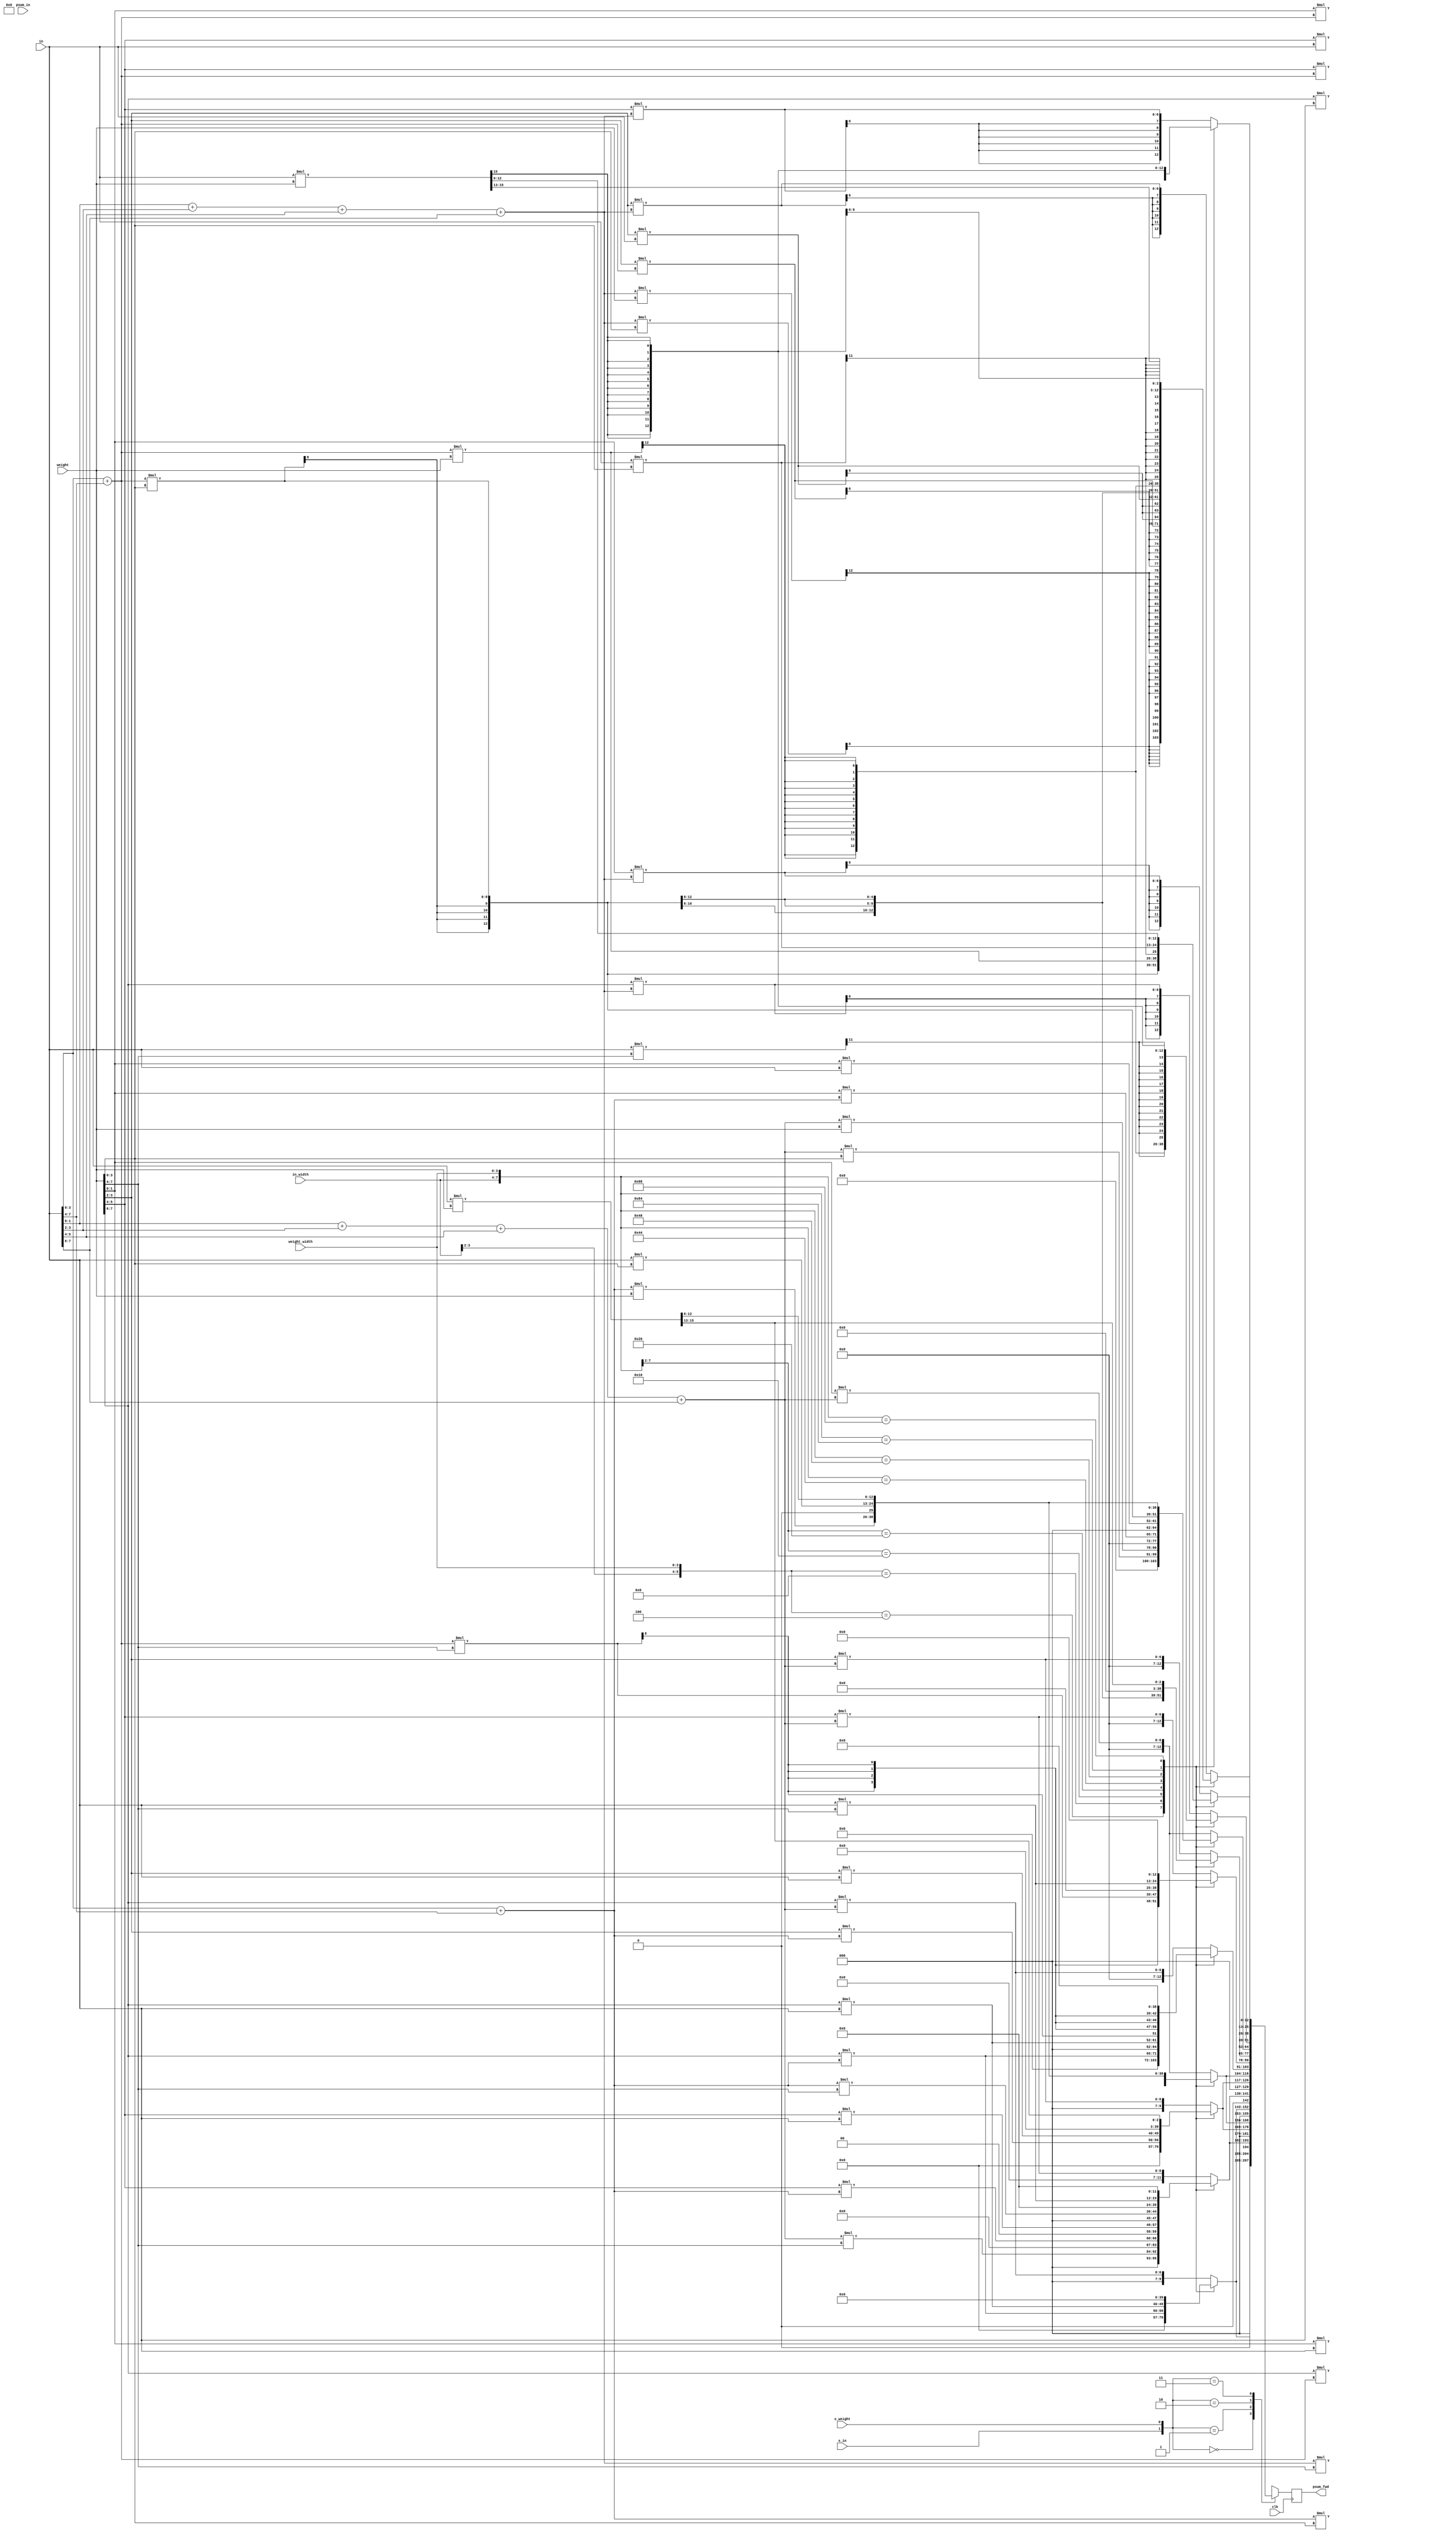
module fusion_unit #(parameter COL_WIDTH=13) (

    input clk,
    input [7:0] in,
    input [7:0] weight,
    input [(COL_WIDTH*4)-1:0] psum_in,
    input [3:0] in_width,
    input [3:0] weight_width,
    input s_in,
    input s_weight,
    output reg [(COL_WIDTH*4)-1:0] psum_fwd //max widths for 2b parallelism
    );

    reg [(COL_WIDTH*4)-1:0] psum_temp;
    reg [(COL_WIDTH*4)-1:0] signed_in;
    reg [(COL_WIDTH*4)-1:0] signed_weight;
    reg [(COL_WIDTH*4)-1:0] signed_both;

    always @(*) begin

        casez ({in_width, weight_width})
            8'b00zz0100: begin //1x4, 2x4
                        signed_in[(COL_WIDTH*2)-1:0] <= ($signed(in[1:0])+$signed(in[3:2])+$signed(in[5:4])+$signed(in[7:6]))*weight[3:0];
                        signed_in[(COL_WIDTH*4)-1:(COL_WIDTH*2)] <= ($signed(in[1:0])+$signed(in[3:2])+$signed(in[5:4])+$signed(in[7:6]))*weight[7:4];
                        
                        signed_weight[(COL_WIDTH*2)-1:0] <= (in[1:0]+in[3:2]+in[5:4]+in[7:6])*$signed(weight[3:0]);
                        signed_weight[(COL_WIDTH*4)-1:(COL_WIDTH*2)] <= (in[1:0]+in[3:2]+in[5:4]+in[7:6])*$signed(weight[7:4]);
                        
                        signed_both[(COL_WIDTH*2)-1:0] <= ($signed(in[1:0])+$signed(in[3:2])+$signed(in[5:4])+$signed(in[7:6]))*$signed(weight[3:0]);
                        signed_both[(COL_WIDTH*4)-1:(COL_WIDTH*2)] <= ($signed(in[1:0])+$signed(in[3:2])+$signed(in[5:4])+$signed(in[7:6]))*$signed(weight[7:4]);
                        
                        psum_temp[(COL_WIDTH*2)-1:0] <= (in[1:0]+in[3:2]+in[5:4]+in[7:6])*weight[3:0];
                        psum_temp[(COL_WIDTH*4)-1:(COL_WIDTH*2)] <= (in[1:0]+in[3:2]+in[5:4]+in[7:6])*weight[7:4];
                        end
            8'b00zz1000: begin //1x8, 2x8
                        signed_in <= ($signed(in[1:0])+$signed(in[3:2])+$signed(in[5:4])+$signed(in[7:6]))*weight;

                        signed_weight <= (in[1:0]+in[3:2]+in[5:4]+in[7:6])*$signed(weight);

                        signed_both <= ($signed(in[1:0])+$signed(in[3:2])+$signed(in[5:4])+$signed(in[7:6]))*$signed(weight);

                        psum_temp <= (in[1:0]+in[3:2]+in[5:4]+in[7:6])*weight;
                        end
            8'b010000zz: begin //4x1, 4x2
                        signed_weight[(COL_WIDTH)-1:0] <= $signed(weight[1:0])*(in[3:0]+in[7:4]);
                        signed_weight[(COL_WIDTH*2)-1:COL_WIDTH] <= $signed(weight[3:2])*(in[3:0]+in[7:4]);
                        signed_weight[(COL_WIDTH*3)-1:COL_WIDTH*2] <= $signed(weight[5:4])*(in[3:0]+in[7:4]);
                        signed_weight[(COL_WIDTH*4)-1:COL_WIDTH*3] <= $signed(weight[7:6])*(in[3:0]+in[7:4]);

                        signed_in[(COL_WIDTH)-1:0] <= weight[1:0]*($signed(in[3:0])+$signed(in[7:4]));
                        signed_in[(COL_WIDTH*2)-1:COL_WIDTH] <= weight[3:2]*($signed(in[3:0])+$signed(in[7:4]));
                        signed_in[(COL_WIDTH*3)-1:COL_WIDTH*2] <= weight[5:4]*($signed(in[3:0])+$signed(in[7:4]));
                        signed_in[(COL_WIDTH*4)-1:COL_WIDTH*3] <= weight[7:6]*($signed(in[3:0])+$signed(in[7:4]));

                        signed_both[(COL_WIDTH)-1:0] <= $signed(weight[1:0])*($signed(in[3:0])+$signed(in[7:4]));
                        signed_both[(COL_WIDTH*2)-1:COL_WIDTH] <= $signed(weight[3:2])*($signed(in[3:0])+$signed(in[7:4]));
                        signed_both[(COL_WIDTH*3)-1:COL_WIDTH*2] <= $signed(weight[5:4])*($signed(in[3:0])+$signed(in[7:4]));
                        signed_both[(COL_WIDTH*4)-1:COL_WIDTH*3] <= $signed(weight[7:6])*($signed(in[3:0])+$signed(in[7:4]));                       

                        psum_temp[(COL_WIDTH)-1:0] <= weight[1:0]*(in[3:0]+in[7:4]);
                        psum_temp[(COL_WIDTH*2)-1:COL_WIDTH] <= weight[3:2]*(in[3:0]+in[7:4]);
                        psum_temp[(COL_WIDTH*3)-1:COL_WIDTH*2] <= weight[5:4]*(in[3:0]+in[7:4]);
                        psum_temp[(COL_WIDTH*4)-1:COL_WIDTH*3] <= weight[7:6]*(in[3:0]+in[7:4]);
                        end
            8'b100000zz: begin //8x1, 8x2 
                        signed_in[(COL_WIDTH)-1:0] <= weight[1:0]*$signed(in);
                        signed_in[(COL_WIDTH*2)-1:COL_WIDTH] <= weight[3:2]*$signed(in);
                        signed_in[(COL_WIDTH*3)-1:COL_WIDTH*2] <= weight[5:4]*$signed(in);
                        signed_in[(COL_WIDTH*4)-1:COL_WIDTH*3] <= weight[7:6]*$signed(in);

                        signed_weight[(COL_WIDTH)-1:0] <= $signed(weight[1:0])*in;
                        signed_weight[(COL_WIDTH*2)-1:COL_WIDTH] <= $signed(weight[3:2])*in;
                        signed_weight[(COL_WIDTH*3)-1:COL_WIDTH*2] <= $signed(weight[5:4])*in;
                        signed_weight[(COL_WIDTH*4)-1:COL_WIDTH*3] <= $signed(weight[7:6])*in;

                        signed_both[(COL_WIDTH)-1:0] <= $signed(weight[1:0])*$signed(in);
                        signed_both[(COL_WIDTH*2)-1:COL_WIDTH] <= $signed(weight[3:2])*$signed(in);
                        signed_both[(COL_WIDTH*3)-1:COL_WIDTH*2] <= $signed(weight[5:4])*$signed(in);
                        signed_both[(COL_WIDTH*4)-1:COL_WIDTH*3] <= $signed(weight[7:6])*$signed(in);
                    
                        psum_temp[(COL_WIDTH)-1:0] <= weight[1:0]*in;
                        psum_temp[(COL_WIDTH*2)-1:COL_WIDTH] <= weight[3:2]*in;
                        psum_temp[(COL_WIDTH*3)-1:COL_WIDTH*2] <= weight[5:4]*in;
                        psum_temp[(COL_WIDTH*4)-1:COL_WIDTH*3] <= weight[7:6]*in;
                        end
            8'b01000100: begin //4x4 
                        signed_in[(COL_WIDTH*2)-1:0] <= ($signed(in[3:0])+$signed(in[7:4]))*$signed(weight[3:0]);
                        signed_in[(COL_WIDTH*4)-1:(COL_WIDTH*2)] <= ($signed(in[3:0])+$signed(in[7:4]))*$signed(weight[7:4]);

                        signed_weight[(COL_WIDTH*2)-1:0] <= (in[3:0]+in[7:4])*$signed(weight[3:0]);
                        signed_weight[(COL_WIDTH*4)-1:(COL_WIDTH*2)] <= (in[3:0]+in[7:4])*$signed(weight[7:4]);

                        signed_both[(COL_WIDTH*2)-1:0] <= ($signed(in[3:0])+$signed(in[7:4]))*$signed(weight[3:0]);
                        signed_both[(COL_WIDTH*4)-1:(COL_WIDTH*2)] <= ($signed(in[3:0])+$signed(in[7:4]))*$signed(weight[7:4]);

                        psum_temp[(COL_WIDTH*2)-1:0] <= (in[3:0]+in[7:4])*weight[3:0];
                        psum_temp[(COL_WIDTH*4)-1:(COL_WIDTH*2)] <= (in[3:0]+in[7:4])*weight[7:4];
                        end      
            8'b01001000: begin //4x8
                        signed_in <= ($signed(in[3:0])+$signed(in[7:4]))*weight;

                        signed_weight <= (in[3:0]+in[7:4])*$signed(weight);

                        signed_both <= ($signed(in[3:0])+$signed(in[7:4]))*$signed(weight);

                        psum_temp <= (in[3:0]+in[7:4])*weight;
                        end                             
            8'b10000100: begin //8x4
                        signed_in[(COL_WIDTH*2)-1:0] <= $signed(in)*weight[3:0];
                        signed_in[(COL_WIDTH*4)-1:(COL_WIDTH*2)] <= $signed(in)*weight[7:4];

                        signed_weight[(COL_WIDTH*2)-1:0] <= in*$signed(weight[3:0]);
                        signed_weight[(COL_WIDTH*4)-1:(COL_WIDTH*2)] <= in*$signed(weight[7:4]);

                        signed_both[(COL_WIDTH*2)-1:0] <= $signed(in)*$signed(weight[3:0]);
                        signed_both[(COL_WIDTH*4)-1:(COL_WIDTH*2)] <= $signed(in)*$signed(weight[7:4]);

                        psum_temp[(COL_WIDTH*2)-1:0] <= in*weight[3:0];
                        psum_temp[(COL_WIDTH*4)-1:(COL_WIDTH*2)] <= in*weight[7:4];
                        end               
            8'b10001000: begin //8x8 
                        signed_in <= $signed(in)*weight;

                        signed_weight <= in*$signed(weight);

                        signed_both <= $signed(in)*$signed(weight);

                        psum_temp <= in*weight;
                        end   
            default: begin
                        signed_in[(COL_WIDTH)-1:0] <= weight[1:0]*($signed(in[1:0])+$signed(in[3:2])+$signed(in[5:4])+$signed(in[7:6]));
                        signed_in[(COL_WIDTH*2)-1:COL_WIDTH] <= weight[3:2]*($signed(in[1:0])+$signed(in[3:2])+$signed(in[5:4])+$signed(in[7:6]));
                        signed_in[(COL_WIDTH*3)-1:COL_WIDTH*2] <= weight[5:4]*($signed(in[1:0])+$signed(in[3:2])+$signed(in[5:4])+$signed(in[7:6]));
                        signed_in[(COL_WIDTH*4)-1:COL_WIDTH*3] <= weight[7:6]*($signed(in[1:0])+$signed(in[3:2])+$signed(in[5:4])+$signed(in[7:6]));

                        signed_weight[(COL_WIDTH)-1:0] <= $signed(weight[1:0])*(in[1:0]+in[3:2]+in[5:4]+in[7:6]);
                        signed_weight[(COL_WIDTH*2)-1:COL_WIDTH] <= $signed(weight[3:2])*(in[1:0]+in[3:2]+in[5:4]+in[7:6]);
                        signed_weight[(COL_WIDTH*3)-1:COL_WIDTH*2] <= $signed(weight[5:4])*(in[1:0]+in[3:2]+in[5:4]+in[7:6]);
                        signed_weight[(COL_WIDTH*4)-1:COL_WIDTH*3] <= $signed(weight[7:6])*(in[1:0]+in[3:2]+in[5:4]+in[7:6]);

                        signed_both[(COL_WIDTH)-1:0] <= $signed(weight[1:0])*($signed(in[1:0])+$signed(in[3:2])+$signed(in[5:4])+$signed(in[7:6]));
                        signed_both[(COL_WIDTH*2)-1:COL_WIDTH] <= $signed(weight[3:2])*($signed(in[1:0])+$signed(in[3:2])+$signed(in[5:4])+$signed(in[7:6]));
                        signed_both[(COL_WIDTH*3)-1:COL_WIDTH*2] <= $signed(weight[5:4])*($signed(in[1:0])+$signed(in[3:2])+$signed(in[5:4])+$signed(in[7:6]));
                        signed_both[(COL_WIDTH*4)-1:COL_WIDTH*3] <= $signed(weight[7:6])*($signed(in[1:0])+$signed(in[3:2])+$signed(in[5:4])+$signed(in[7:6]));

                        psum_temp[(COL_WIDTH)-1:0] <= weight[1:0]*(in[1:0]+in[3:2]+in[5:4]+in[7:6]);
                        psum_temp[(COL_WIDTH*2)-1:COL_WIDTH] <= weight[3:2]*(in[1:0]+in[3:2]+in[5:4]+in[7:6]);
                        psum_temp[(COL_WIDTH*3)-1:COL_WIDTH*2] <= weight[5:4]*(in[1:0]+in[3:2]+in[5:4]+in[7:6]);
                        psum_temp[(COL_WIDTH*4)-1:COL_WIDTH*3] <= weight[7:6]*(in[1:0]+in[3:2]+in[5:4]+in[7:6]);
                    end
        endcase

    end

    always @(posedge clk) begin
        case({s_in, s_weight}) 
            2'b00: begin
                psum_fwd <= psum_temp;
            end
            2'b01: begin
                psum_fwd <= signed_weight;
            end
            2'b10: begin
                psum_fwd <= signed_in;
            end
            2'b11: begin
                psum_fwd <= signed_both;
            end
            default: begin
                psum_fwd <= psum_temp;
            end

        endcase
    end
    //assign psum_fwd = sum0 + sum1 + sum2 + sum3 + psum_in;

endmodule